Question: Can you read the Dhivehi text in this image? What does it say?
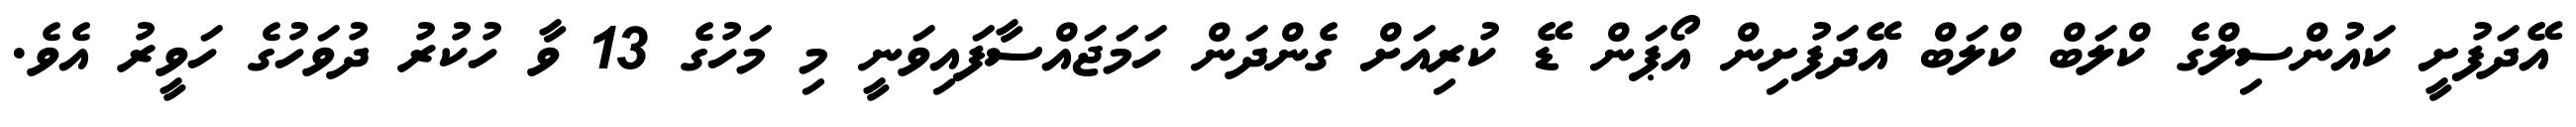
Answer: އޭދަފުށީ ކައުންސިލްގެ ކްލަބް ކްލަބް އޭދަފުށިން އޯޕަން ޑޭ ކުރިއަށް ގެންދަން ހަމަޖައްސާފައިވަނީ މި މަހުގެ 13 ވާ ހުކުރު ދުވަހުގެ ހަވީރު އެވެ.